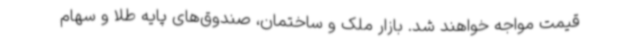
قیمت مواجه خواهند شد. بازار ملک و ساختمان، صندوق‌های پایه طلا و سهام